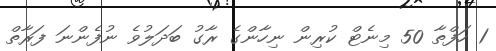
1 ހަފްތާ 50 މިނެޓް ކުރިން ނިހާންގެ ރާގު ބަދަލުވެ ނުފެންނަ ފަރާތް